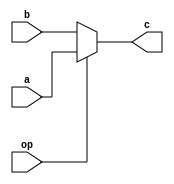
`timescale 1ns / 1ps

module mux2_1#(parameter width=32)(
    input [width-1:0] a,//pc+4
    input [width-1:0] b,//pc+offset
    input op,
    output wire [width-1:0] c
    );

    assign c=(op==1'b1)?a:b;
endmodule